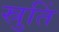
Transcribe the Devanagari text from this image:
स्रुतिं